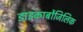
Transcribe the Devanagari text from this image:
डाइकार्बोजिलिक